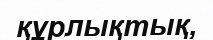
құрлықтық,